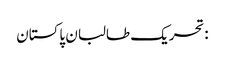
:تحریک طالبان پاکستان